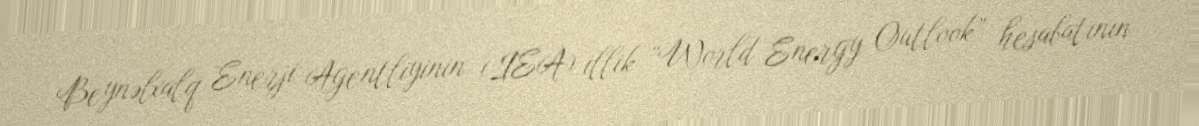
Beynəlxalq Enerji Agentliyinin (IEA) illik “World Energy Outlook” hesabatının